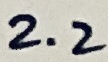
Text: 2.2